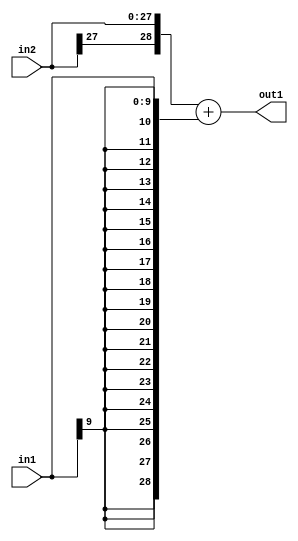
`timescale 1ps / 1ps
/*****************************************************************************
    Verilog RTL Description
    
    
    Created by: Stratus DpOpt 2019.1.01 
*******************************************************************************/

module DC_Filter_Add_28Sx10S_29S_4 (
	in2,
	in1,
	out1
	); /* architecture "behavioural" */ 
input [27:0] in2;
input [9:0] in1;
output [28:0] out1;
wire [28:0] asc001;

assign asc001 = 
	+({in2[27], in2})
	+({{19{in1[9]}}, in1});

assign out1 = asc001;
endmodule

/* CADENCE  ubP3TQE= : u9/ySgnWtBlWxVPRXgAZ4Og= ** DO NOT EDIT THIS LINE ******/